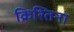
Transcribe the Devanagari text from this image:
क्रिश्तिना